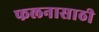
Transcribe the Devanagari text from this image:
फलनासाठी